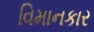
વિમાનકાર